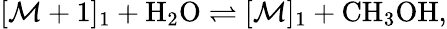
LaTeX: [\mathcal{M}+1]_{1}+\mathrm{{H}}_{2}\mathrm{{O}}\rightleftharpoons[\mathcal{M}]_{1}+\mathrm{{CH}}_{3}\mathrm{{OH}},